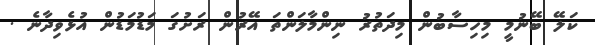
ކަލޭ ބޭނުމީ މިހިސާބުން މިދަތުރު ނިންމާލަންތަ އޭރުން ރަށުގަ މަޑުމަޑުން އުޅެވިދާނެ .